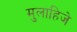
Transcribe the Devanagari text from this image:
मुलाहिजे